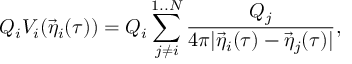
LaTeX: Q _ { i } V _ { i } ( { \vec { \eta } } _ { i } ( \tau ) ) = Q _ { i } \sum _ { j \not = i } ^ { 1 . . N } { \frac { { Q _ { j } } } { { 4 \pi | { \vec { \eta } } _ { i } ( \tau ) - { \vec { \eta } } _ { j } ( \tau ) | } } } ,